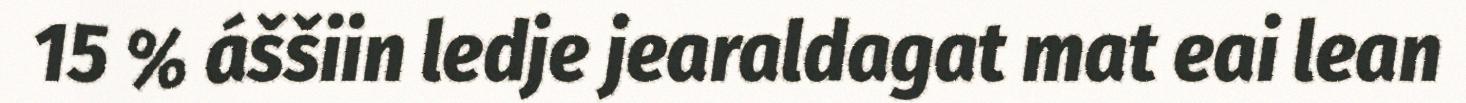
15 % áššiin ledje jearaldagat mat eai lean